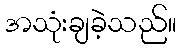
အသုံးချခဲ့သည်။